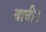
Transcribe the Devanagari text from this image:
बाबी।